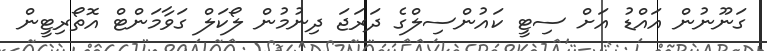
ގަނޫނުން އައްޑު އަށް ސިޓީ ކައުންސިލްގެ ދަރަޖަ ދިނުމުން ލޯކަލް ގަވާމަންޓް އޮތޯރިޓީން